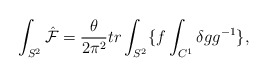
\begin{align*}\int_{S^2}\hat{\cal F}=\frac{\theta}{2\pi^2}tr\int_{S^2}\{f\int_{C^1}\delta gg^{-1}\},\end{align*}